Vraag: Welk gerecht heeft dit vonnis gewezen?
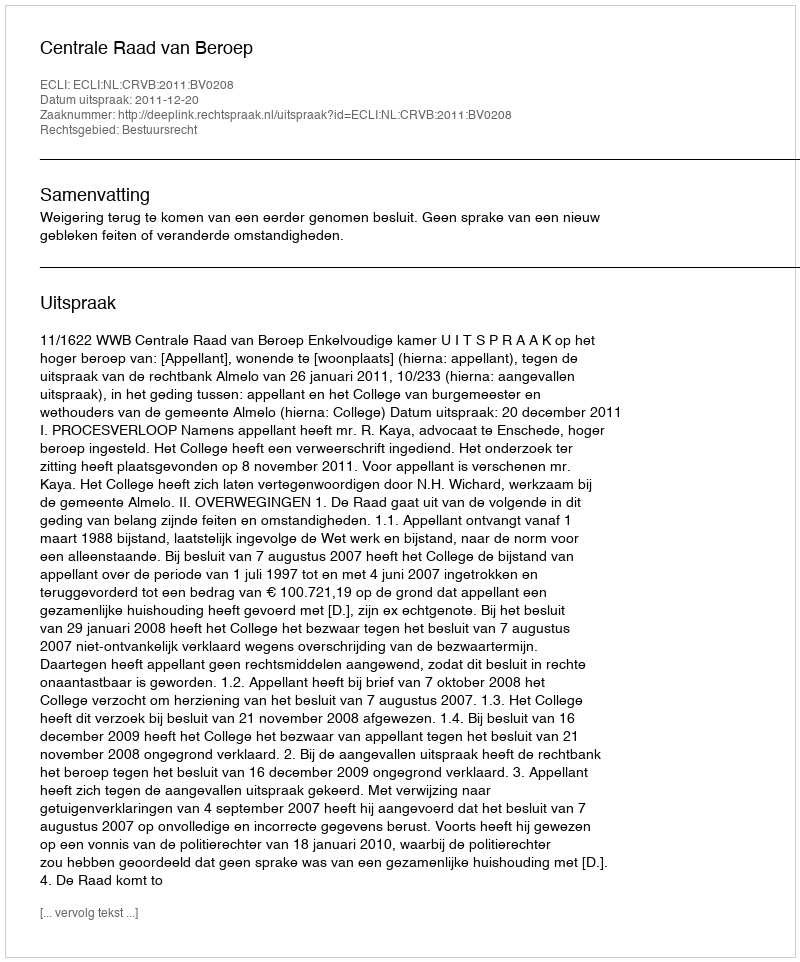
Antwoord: Centrale Raad van Beroep